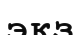
экз